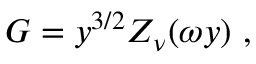
G = y ^ { 3 / 2 } Z _ { \nu } ( \omega y ) \ ,